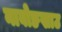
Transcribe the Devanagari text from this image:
नाबोङखाउ